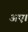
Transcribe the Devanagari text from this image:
अए।